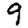
Digit: 9